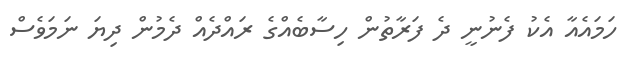
ހަމައެއާ އެކު ފެނުނީ ދެ ފަރާތުން ހިސާބެއްގެ ރައްދެއް ދެމުން ދިޔަ ނަމަވެސް